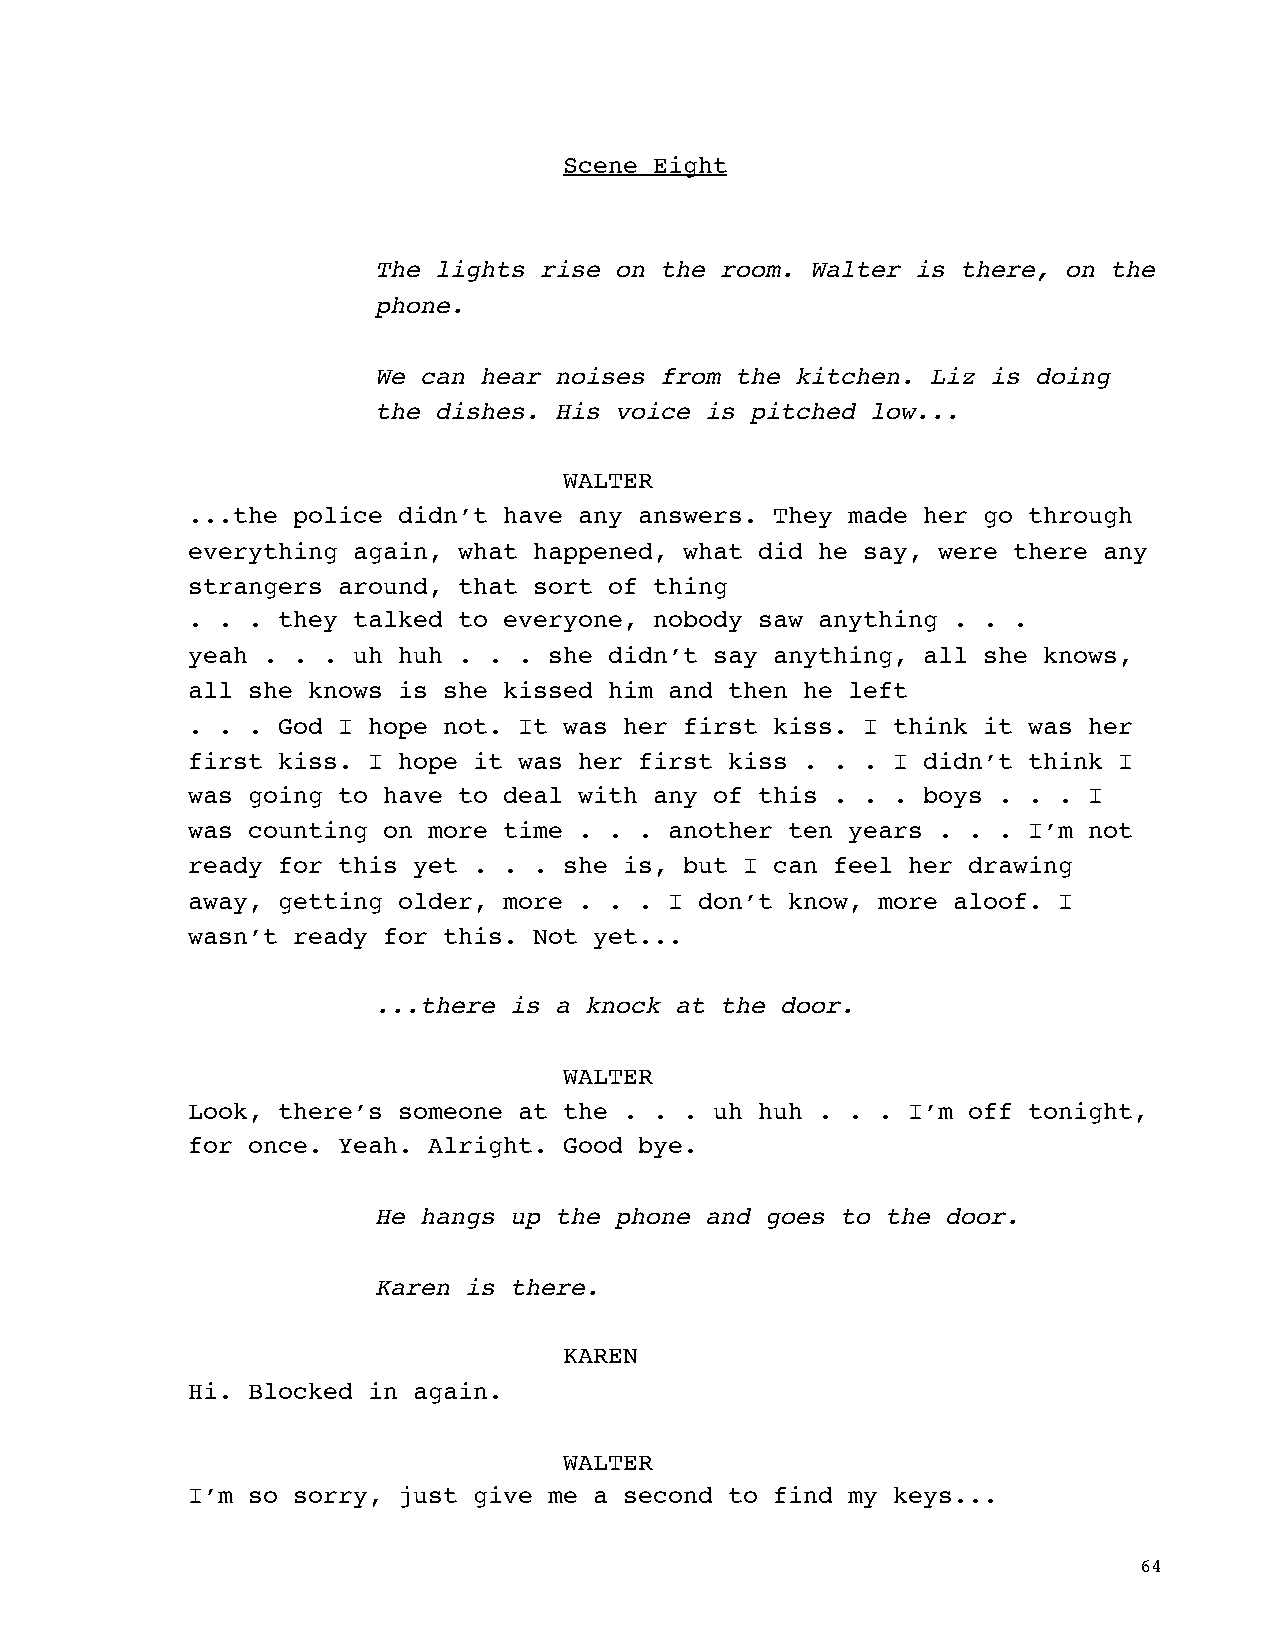
Scene Eight
 The lights rise on the room. Walter is there, on the
 phone.
 We can hear noises from the kitchen. Liz is doing
 the dishes. His voice is pitched low...
 WALTER
 ...the police didn’t have any answers. They made her go through
 everything again, what happened, what did he say, were there any
 strangers around, that sort of thing
 . . . they talked to everyone, nobody saw anything . . .
 yeah . . . uh huh . . . she didn’t say anything, all she knows,
 all she knows is she kissed him and then he left
 . . . God I hope not. It was her first kiss. I think it was her
 first kiss. I hope it was her first kiss . . . I didn’t think I
 was going to have to deal with any of this . . . boys . . . I
 was counting on more time . . . another ten years . . . I’m not
 ready for this yet . . . she is, but I can feel her drawing
 away, getting older, more . . . I don’t know, more aloof. I
 wasn’t ready for this. Not yet...
 ...there is a knock at the door.
 WALTER
 Look, there’s someone at the . . . uh huh . . . I’m off tonight,
 for once. Yeah. Alright. Good bye.
 He hangs up the phone and goes to the door.
 Karen is there.
 KAREN
 Hi. Blocked in again.
 WALTER
 I’m so sorry, just give me a second to find my keys...
 64